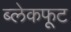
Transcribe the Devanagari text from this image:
ब्लेकफूट